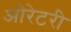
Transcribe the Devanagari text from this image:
ओरेटरी